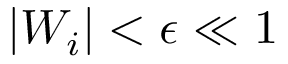
| W _ { i } | < \epsilon \ll 1